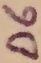
Text: D6